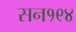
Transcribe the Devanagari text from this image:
सन१९४